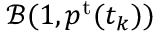
\mathcal { B } ( 1 , p ^ { \mathrm { t } } ( t _ { k } ) )